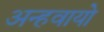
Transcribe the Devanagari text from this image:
अन्‍हवायो